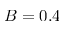
B = 0 . 4